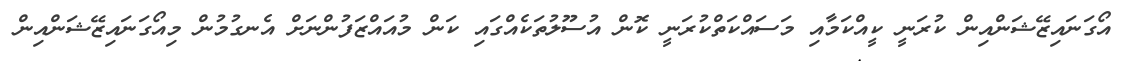
އޯގަނައިޒޭޝަންއިން ކުރަނީ ކީއްކަމާއި މަސައްކަތްކުރަނީ ކޮން އުސޫލުތަކެއްގައި ކަން މުއައްޒަފުންނަށް އެނގުމުން މިއޯގަނައިޒޭޝަންއިން